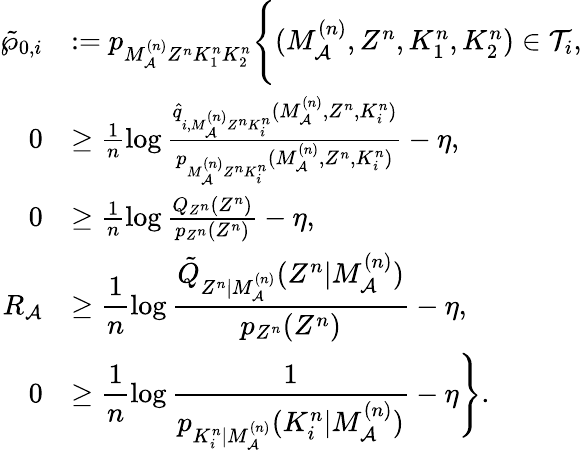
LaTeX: \begin{array}{rl}{\tilde{\wp}_{0,i}}&{:=p_{M_{\cal A}^{(n)}Z^{n}K_{1}^{n}K_{2}^{n}}\Biggl\{ (M_{\cal A}^{(n)},Z^{n},K_{1}^{n},K_{2}^{n})\in{\cal T}_{i},}\\ {0}&{\geq\frac{1}{n}\log\frac{\hat{q}_{i,M_{\cal A}^{(n)}Z^{n}K_{i}^{n}}(M_{\cal A}^{(n)},Z^{n},K_{i}^{n})}{p_{M_{\cal A}^{(n)}Z^{n}K_{i}^{n}}(M_{\cal A}^{(n)},Z^{n},K_{i}^{n})}-\eta,}\\ {0}&{\geq\frac{1}{n}\log\frac{Q_{Z^{n}}(Z^{n})}{p_{Z^{n}}(Z^{n})}-\eta,}\\ {R_{\cal A}}&{\geq\displaystyle\frac{1}{n}\log\frac{\tilde{Q}_{Z^{n}|M_{\cal A}^{(n)}}(Z^{n}|M_{\cal A}^{(n)})}{p_{Z^{n}}(Z^{n})}-\eta,}\\ {0}&{\geq\displaystyle\frac{1}{n}\log\frac{1}{p_{K_{i}^{n}|M_{\cal A}^{(n)}}(K_{i}^{n}|M_{\cal A}^{(n)})}-\eta\Biggr\} .}\end{array}